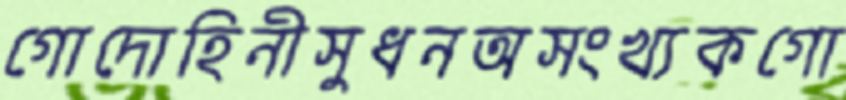
গোদোহিনীসুধনঅসংখ্যকগো